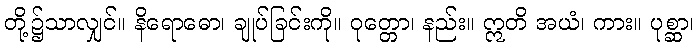
တို့၌သာလျှင်။ နိရောဓော၊ ချုပ်ခြင်းကို။ ဝုတ္တော၊ နည်း။ ဣတိ အယံ၊ ကား။ ပုစ္ဆာ၊